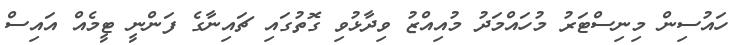
ހައުސިން މިިނިސްޓަރު މުހައްމަދު މުއިއްޒު ވިދާޅުވި ގޮތުގައި ޗައިނާގެ ފަންނީ ޓީމެއް އައިސް